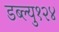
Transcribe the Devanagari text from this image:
डब्ल्यु१२४